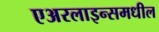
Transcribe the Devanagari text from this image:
एअरलाइन्समधील